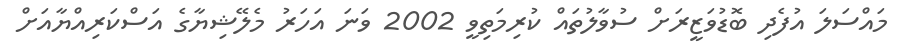
މައްސަލަ އުފެދި ބޮޑުވަޒީރަށް ސުވާލުތައް ކުރިމަތިވީ 2002 ވަނަ އަހަރު މެލޭޝިޔާގެ އަސްކަރިއްޔާއަށް